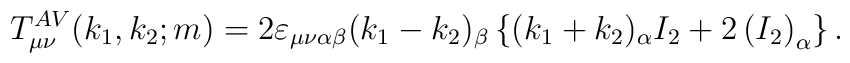
T_{\mu \nu }^{AV}(k_{1},k_{2};m)=2\varepsilon _{\mu \nu \alpha \beta}(k_{1}-k_{2})_{\beta }\left\{ (k_{1}+k_{2})_{\alpha }I_{2}+2\left(I_{2}\right) _{\alpha }\right\} .